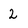
Character: 2